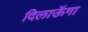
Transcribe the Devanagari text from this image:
दिलाऊॅगा